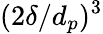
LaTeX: (2\delta/d_{p})^{3}